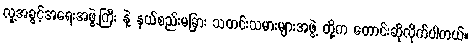
လူ့အခွင့်အရေးအဖွဲ့ကြီး နဲ့ နယ်စည်းမခြား သတင်းသမားများအဖွဲ့ တို့က တောင်းဆိုလိုက်ပါတယ်။